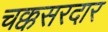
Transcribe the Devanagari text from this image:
चक्कसरदार